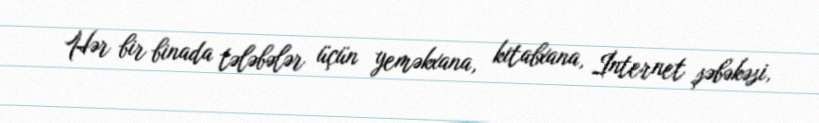
Hər bir binada tələbələr üçün yeməkxana, kitabxana, İnternet şəbəkəsi,